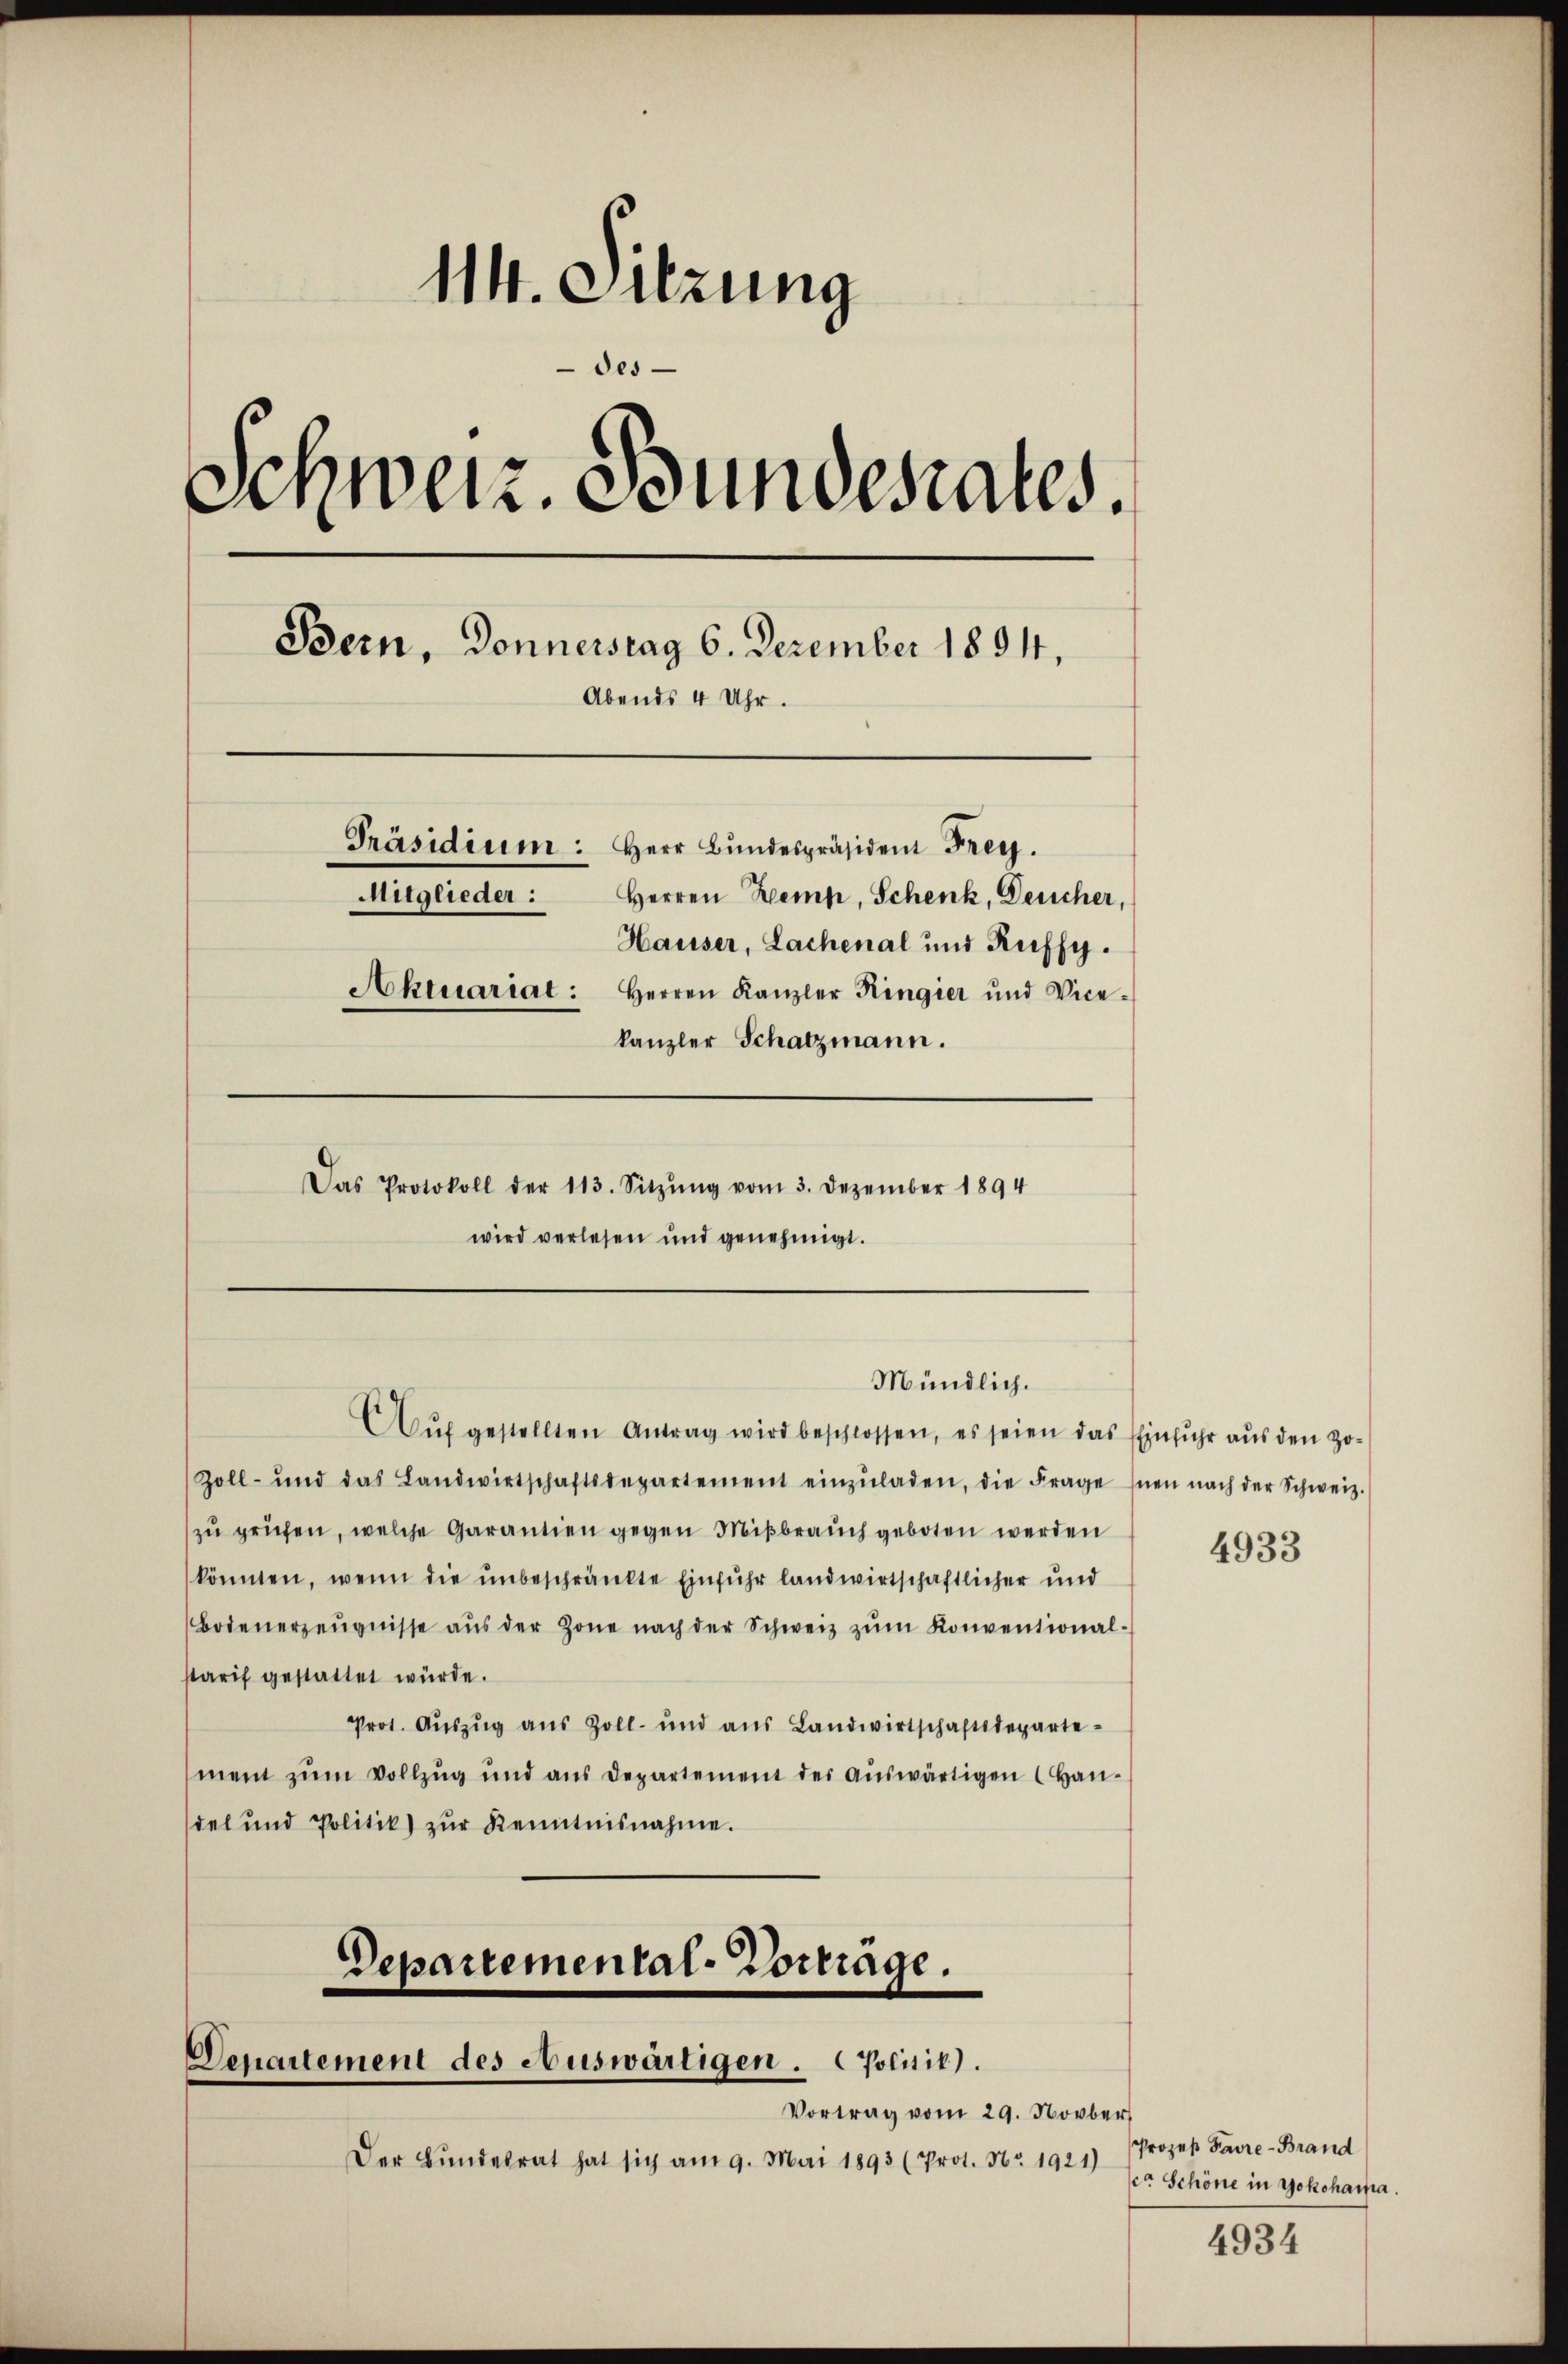
114. Sitzung
des
Schweiz. Bundesrates.
Bern, Donnerstag 6. Dezember 1894,
Abends 4 Uhr.
Präsidium: Herr Bundespräsident Frey.
Mitglieder: Herren Kemp, Schenk, Deucher,
Hauser, Lachenal und Ruffy.
Aktuariat: Herren Kanzler Ringier und Vice-
kanzler Schatzmann.
Das Protokoll der 113. Sitzŭng vom 3. Dezember 1894
wird verlesen und genehmigt.

Mündlich.

AAŭf gestellten Antrag wird beschlossen, es seien das Einfuhr aus den po-
Zoll- und das Landwirtschaftsdepartement einzŭladen, die Frage Inen nach der Schweiz.
zu prüfen, welche Garantien gegen Mißbrauch geboten werden
könnten, wenn die unbeschränkte Einfuhr landwirtschaftlicher und
Bodenerzeŭgnisse aŭs der Zone nach der Schweiz zŭm Konventional-
starif gestattet würde.
Prot. Aŭszŭg aŭs Zoll- und aus Landwirtschaftsdepartement zŭm Vollzŭg und aus Departement der aŭswärtigen (Han-
del und Politik zŭr Kenntnisnahme.

Departemental-Vorträge.
Venartement des Auswärtigen. Politik).
Vortrag vom 29. Novber

Der Bŭndesrat hat sich am 9. Mai 1893 (Prot. Nr. 1921)

4933

Prozeß Favre-Brand
co Schöne in Yokohampa.

4934